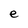
Character: e